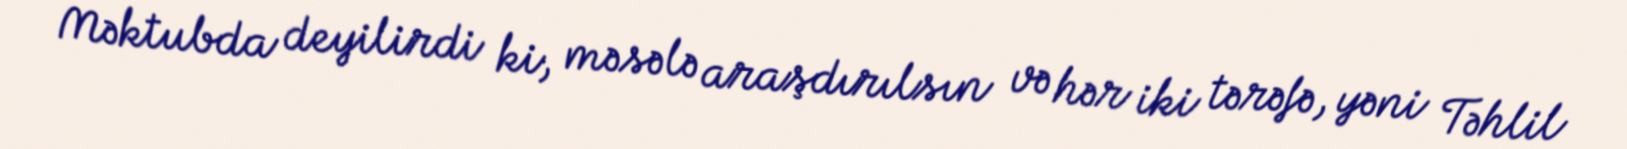
Məktubda deyilirdi ki, məsələ araşdırılsın və hər iki tərəfə, yəni Təhlil